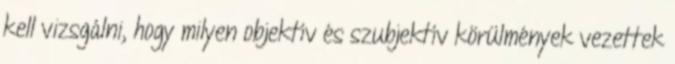
kell vizsgálni, hogy milyen objektív és szubjektív körülmények vezettek